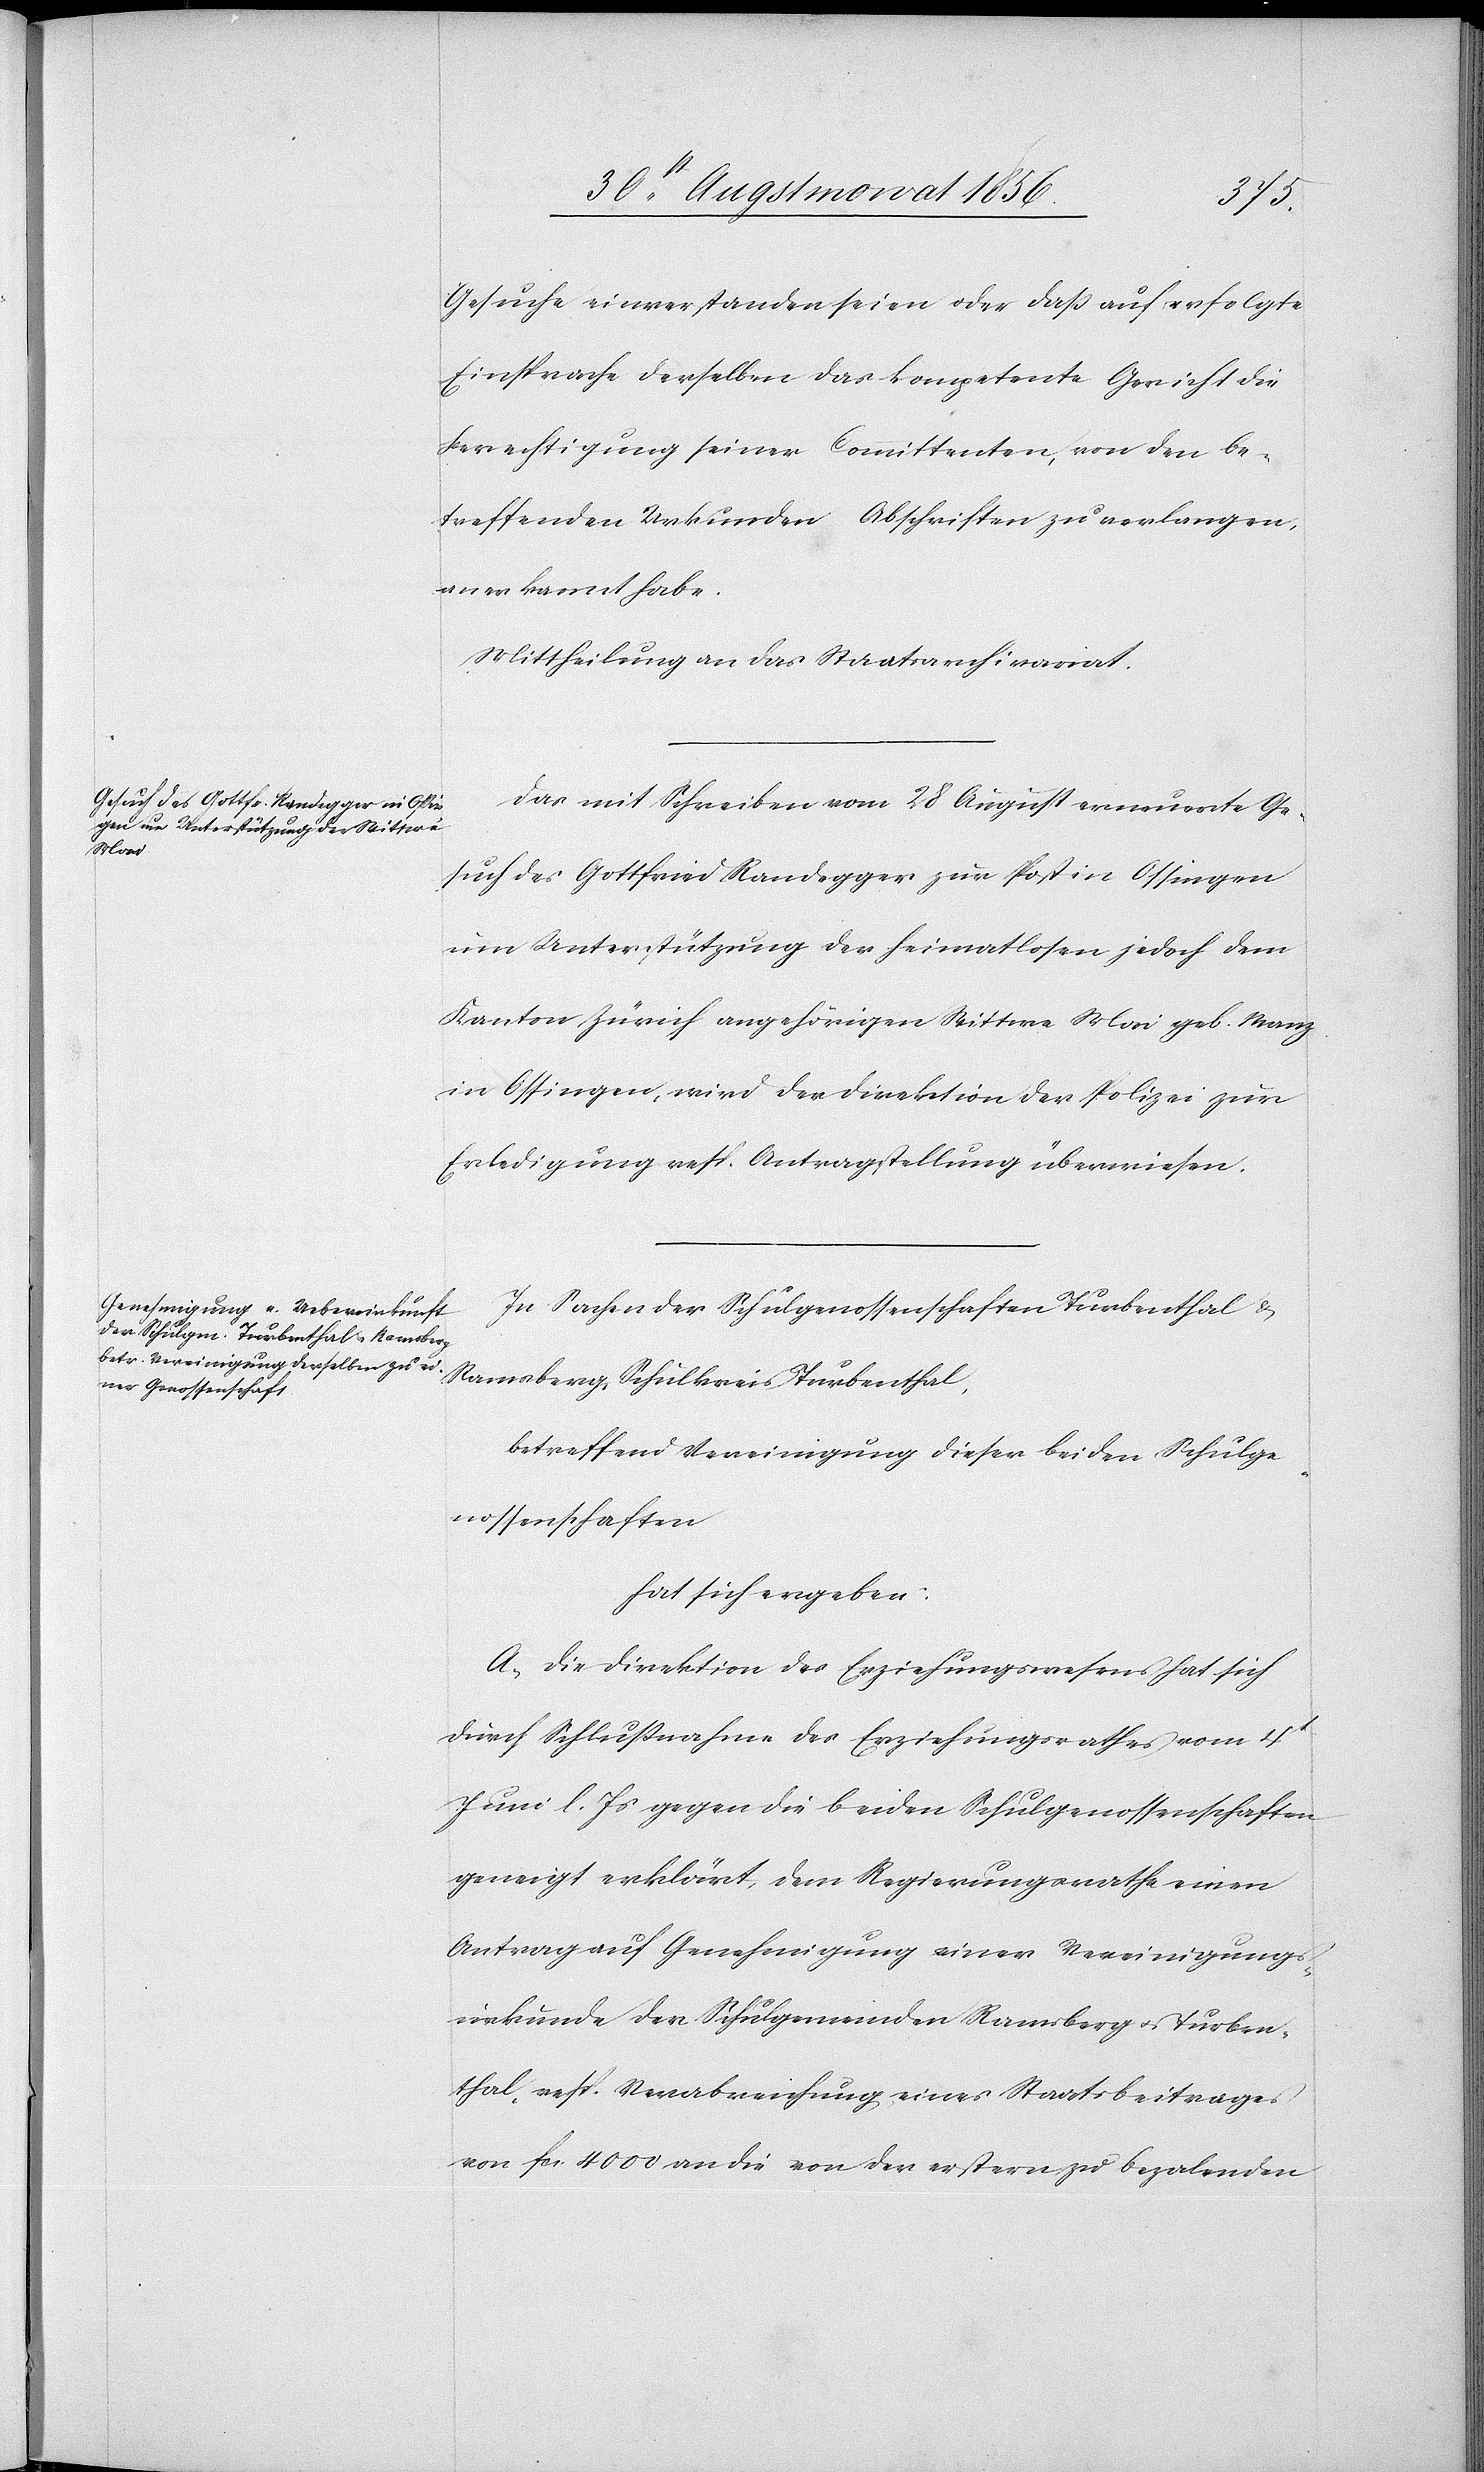
Gesuche einverstanden seien oder dass auf erfolgte
Einsprache derselben das kompetente Gericht die
Berechtigung seiner Committenten, von den be¬
treffenden Urkunden Abschriften zu verlangen
anerkannt habe.
Mittheilung an das Staatsarchivariat.
Das mit Schreiben vom 28 August erneuerte Ge¬
such des Gottfried Randegger zur Post in Ossingen
um Unterstützung der heimatlosen jedoch dem
Kanton Zürich angehörigen Wittwe Mai geb. Manz
in Ossingen, wird der Direktion der Polizei zur
Erledigung resp. Antragstellung überwiesen.
In Sachen der Schulgenossenschaften Turbenthal &
Ramsberg, Schulkreis Turbenthal,
betreffend Vereinigung dieser beiden Schulge¬
nossenschaften
hat sich ergeben:
A.) Die Direktion des Erziehungswesens hat sich
durch Schlussnahme des Erziehungsrathes vom 4t
Juni l. Js gegen die beiden Schulgenossenschaften
geneigt erklärt, dem Regierungsrathe einen
Antrag auf Genehmigung einer Vereinigungs¬
urkunde der Schulgemeinden Ramsberg u. Turben¬
thal, resp. Verabreichung eines Staatsbeitrages
von fcs. 4000 an die von der erstern zu bezalenden